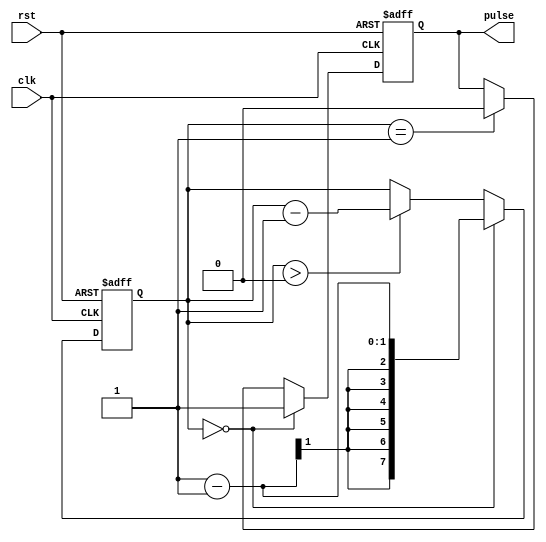
module SimplePulseGenerator (
    input wire clk,
    input wire rst,
    output reg pulse
);

reg [7:0] counter;

always @(posedge clk or posedge rst) begin
    if (rst) begin
        counter <= 0;
        pulse <= 0;
    end else begin
        if (counter == 0) begin
            counter <= {period_value_in_bits} - 1;
            pulse <= 1;
        end else begin
            if (counter > 0) begin
                counter <= counter - 1;
            end
            if (counter == 1) begin
                pulse <= 0;
            end
        end
    end
end

endmodule